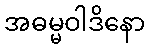
အဓမ္မဝါဒိနော